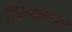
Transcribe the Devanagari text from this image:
डिस्कमन